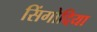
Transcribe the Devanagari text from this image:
सिंगोदिया